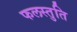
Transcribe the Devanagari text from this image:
फलस्तुति